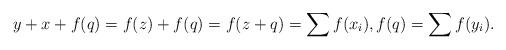
LaTeX: \begin{align*}y+x+f(q)=f(z)+f(q)=f(z+q)=\sum f(x_i), f(q)=\sum f(y_i). \end{align*}